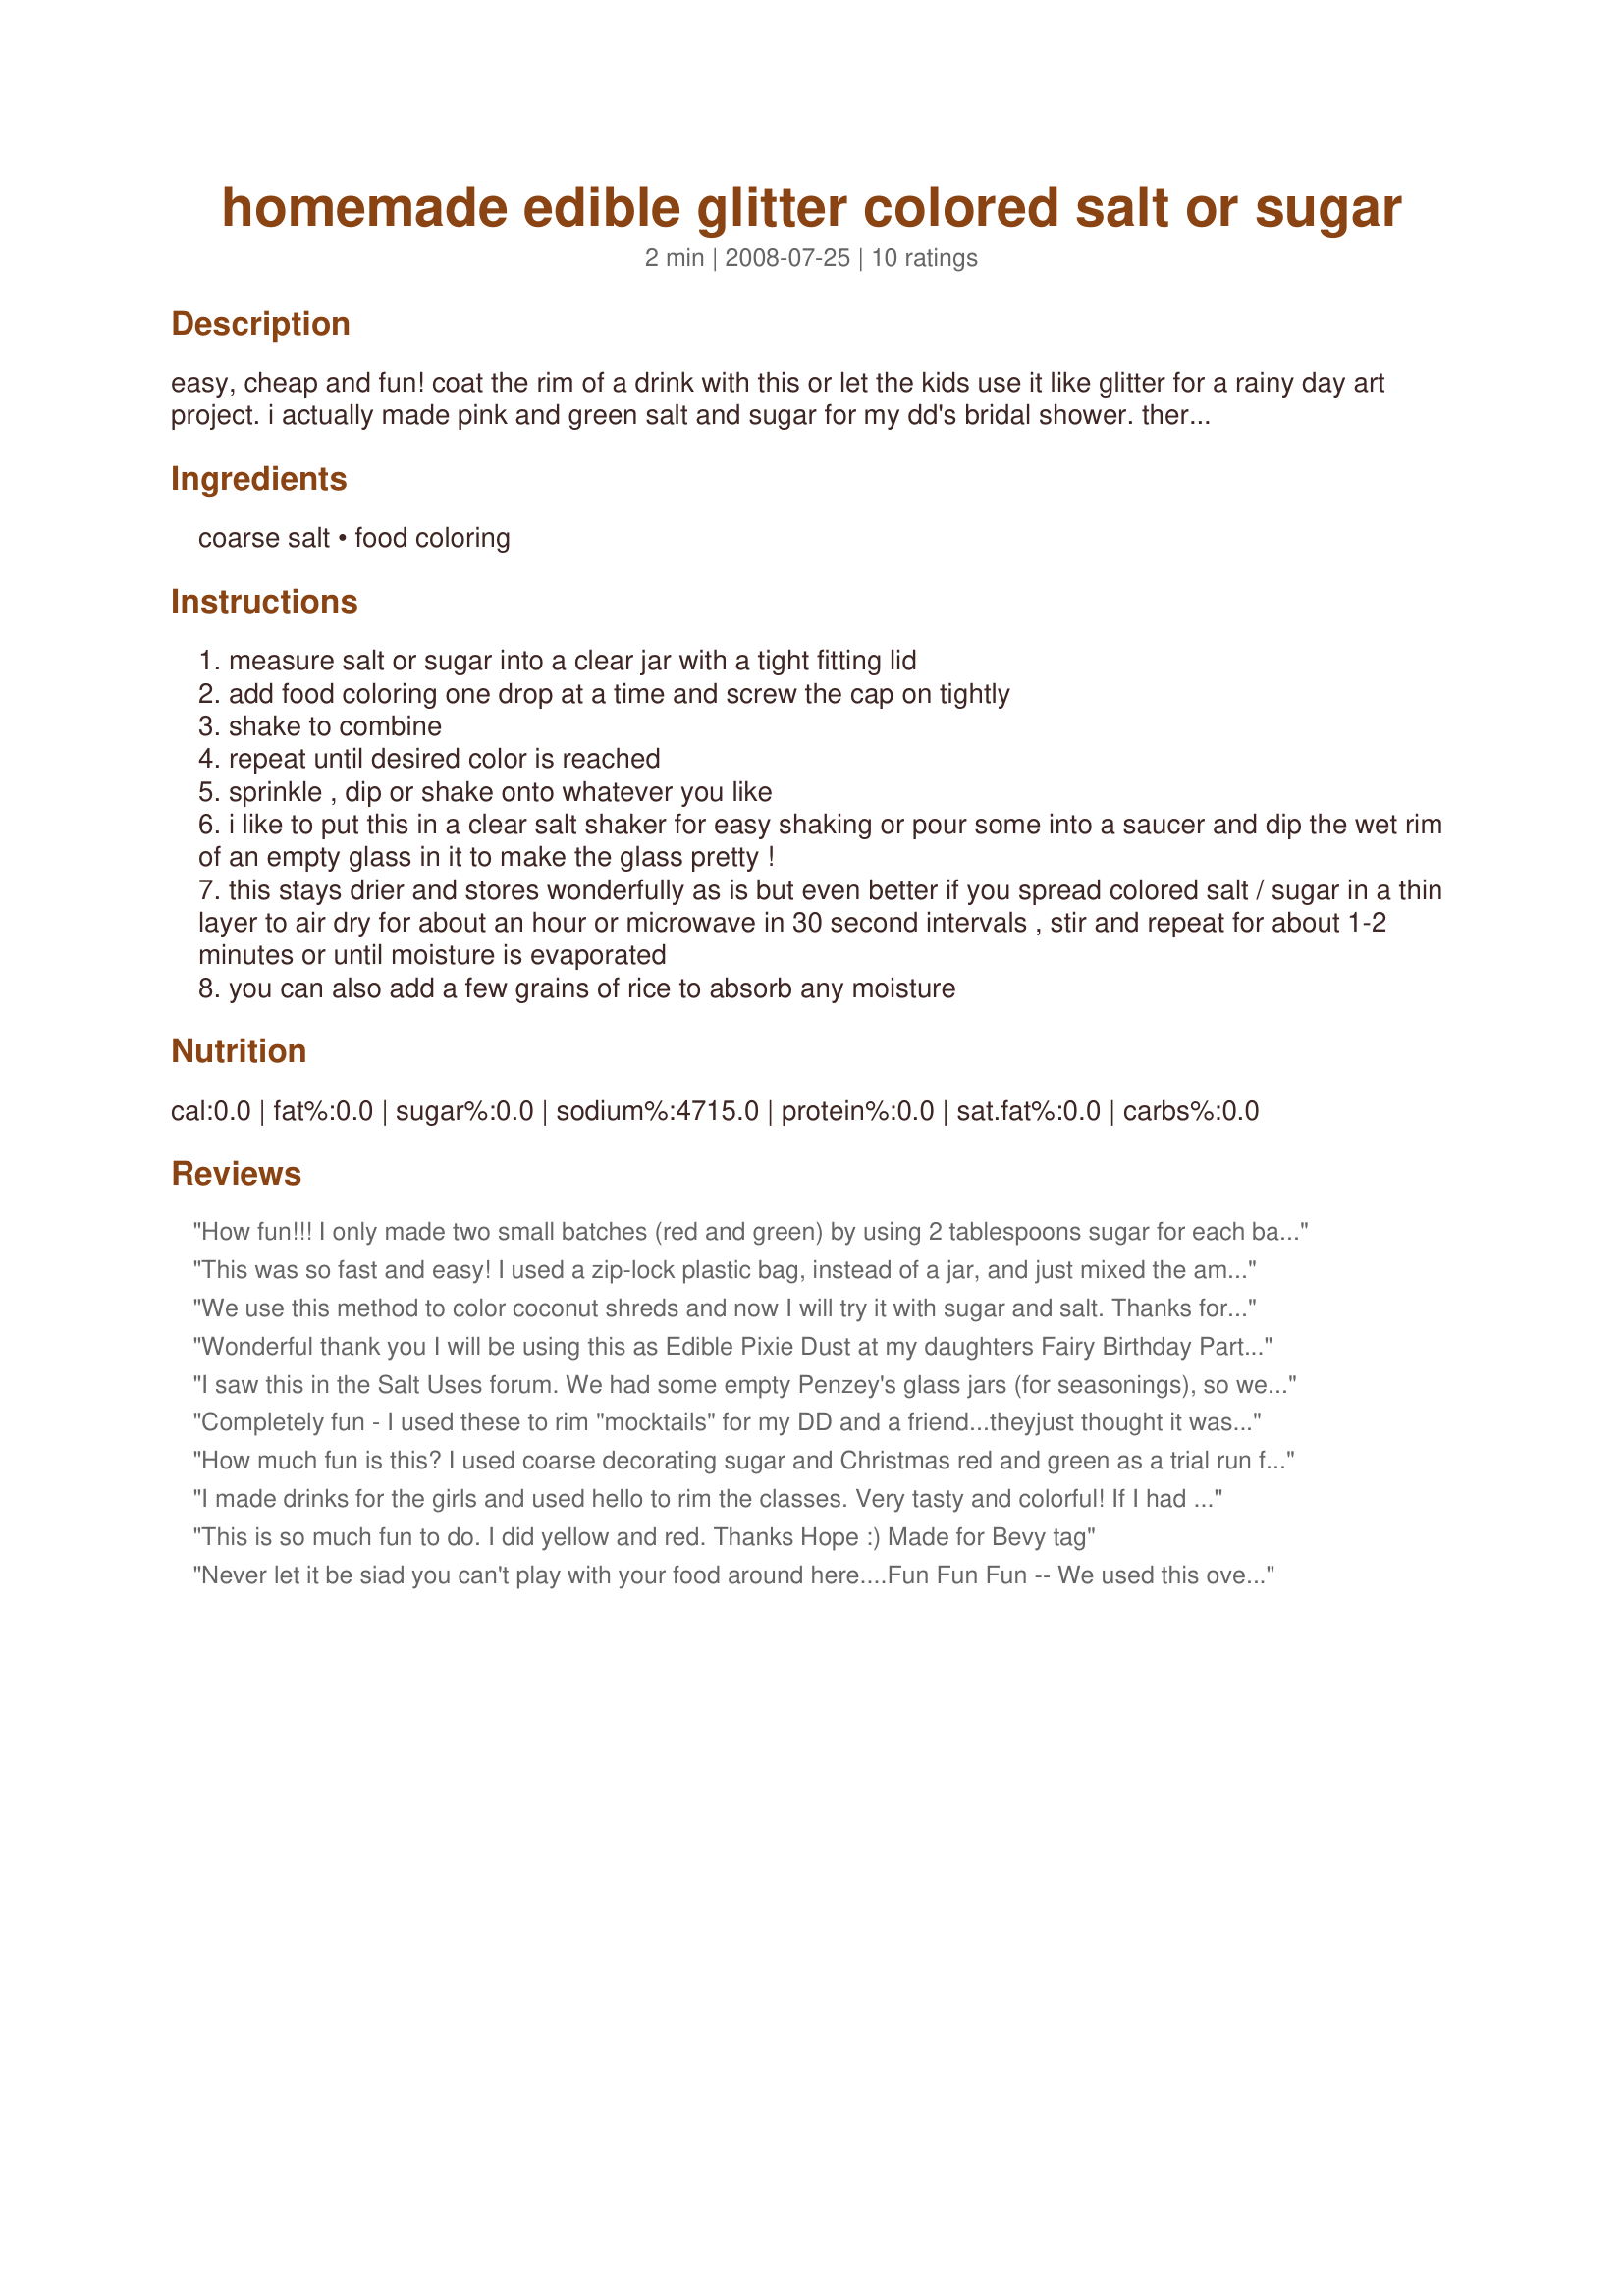
homemade edible glitter colored salt or sugar
Preparation time: 2 minutes

easy, cheap and fun! coat the rim of a drink with this or let the kids use it like glitter for a rainy day art project. i actually made pink and green salt and sugar for my dd's bridal shower. there are so many uses for this! kids of all ages love this! great for wedding and baby showers, kids parties or craft projects etc,. try different types of salt from fine to coarse if you like. great way to get the kids involved! try the sugar on top of breads, cookies or even toast! storing in a clear salt shaker makes it easy to see the contents. try making several colors and/or mixing two or more food colors to make a 'new' color. great way to teach kids colors, math =measuring and so on. this is also just a great way to have fun and save money at the same time! you can use this same method to color rice, pasta, coconut flakes etc... experiment and have fun!

Ingredients:
coarse salt, food coloring

Steps:
measure salt or sugar into a clear jar with a tight fitting lid
add food coloring one drop at a time and screw the cap on tightly
shake to combine
repeat until desired color is reached
sprinkle , dip or shake onto whatever you like
i like to put this in a clear salt shaker for easy shaking or pour some into a saucer and dip the wet rim of an empty glass in it to make the glass pretty !
this stays drier and stores wonderfully as is but even better if you spread colored salt / sugar in a thin layer to air dry for about an hour or microwave in 30 second intervals , stir and repeat for about 1-2 minutes or until moisture is evaporated
you can also add a few grains of rice to absorb any moisture

Reviews:
How fun!!! I only made two small batches (red and green) by using 2 tablespoons sugar for each batch and 6 drops of each food coloring. I couldn't find any coarse sugar, so used regular granulated sugar. I found that the sugar clumped together when adding the coloring, so I let them sit out on a paper towel overnight to dry out a bit. I used these on Recipe #320833 #320833 and they looked pretty and added a little sweetness to a tart drink. Thanks mama for yet another keeper. And congrats on your football win!!
This was so fast and easy! I used a zip-lock plastic bag, instead of a jar, and just mixed the amount I needed. I also added some flavoring extract to match the color (i.e. lemon for the yellow sugar). I didn't have course sugar, but it still worked well! My only hint would be to add a few drops of color at first, adding one at a time as you mix, so as to reach the desired color, without going overboard.
We use this method to color coconut shreds and now I will try it with sugar and salt. Thanks for posting!
Wonderful thank you I will be using this as Edible Pixie Dust at my daughters Fairy Birthday Party! :) :)
I saw this in the Salt Uses forum. We had some empty Penzey's glass jars (for seasonings), so we mixed up the salt in there and used the lids to make it easier to shake. My 5 yo wanted something to do, and this was quick and fun. We took some popsicle sticks, he put glue on them and shook the salt on them. Then we glued them together to make a frame. We'll put his picture in it. I don't use food coloring in cooking anymore, so this is a nice way to use up what I have. Thanks Mama!
Completely fun - I used these to rim "mocktails" for my DD and a friend...theyjust thought it was the best! I Love the looks of the red and green for the holidays - I can see this recipe really getting a lot of mileage! Thanks for posting a great was to dress up so many things! **Made for Beverage Tag Nov. 2008*
How much fun is this? I used coarse decorating sugar and Christmas red and green as a trial run for December. I should have counted the drops but I just kept adding till I have rich colors. Some of the sugar melted when I put 3 drops on it to start with but I found that it works better if you place the drops on the glass sides and let it be picked up as you shake. Thanks mama for an early start on the Holiday Season :D.
I made drinks for the girls and used hello to rim the classes. Very tasty and colorful! If I had known how to make my own I wouldn't had to waste have a box of hello. Looks great and easy too. Thank you.
This is so much fun to do. I did yellow and red. Thanks Hope :) Made for Bevy tag
Never let it be siad you can't play with your food around here....Fun Fun Fun -- We used this over and over -- it is fun and sooooo very versatile. Plus no worries if the littlest of our little ones tries to taste the glitter the others are using in the project. Thanks mama!!! We made a couple of our batches scented by mixing a drop of color with a drop of scented oil (no longer edible I know) before taking the combined and droping in coarse salt. The little guy got to scent his with almond extract - not as nice as the others but remained edible and suited him.
